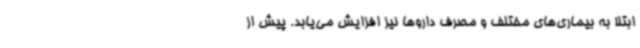
ابتلا به بیماری‌های مختلف و مصرف داروها نیز افزایش می‌یابد. پیش از